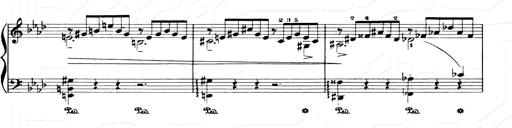
Title: Consolations and LiebestrÃ¤ume for the Piano
Composer: Franz Liszt